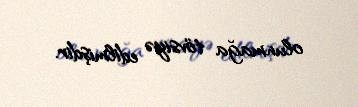
olunmağa tövsiyə edilmişdir.